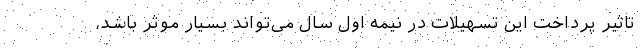
تاثیر پرداخت این تسهیلات در نیمه اول سال می‌تواند بسیار موثر باشد،